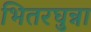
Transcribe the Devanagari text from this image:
भितरघुन्ना